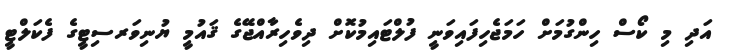
އަދި މި ކޯސް ހިންގުމަށް ހަމަޖެހިފައިވަނީ ފުލްޓައިމުކޮށް ދިވެހިރާއްޖޭގެ ޤައުމީ ޔުނިވަރސިޓީގެ ފެކަލްޓީ